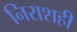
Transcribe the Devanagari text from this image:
निराशही